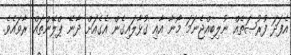
އެފަދަ ފުރުޞަތެއް ނުލިބިއްޖެނަމަ މޯނާ އާއި ގުޅާލައިގެން އެގެއަށް ދާނޭ ޕްލޭންތައް ރާވައެވެ.